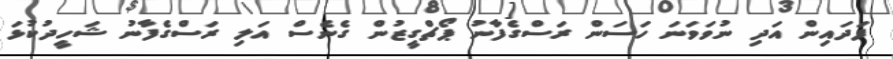
ފަދައިން އަދި ނުވަވަނަ ހަސަން ރަސްގެފާނު ޕޯޗްގީޒުން ގެނެސް އަލި ރަސްގެފާނު ޝަހީދުކުޅަ